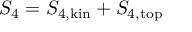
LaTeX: S _ { 4 } = S _ { 4 , \mathrm { k i n } } + S _ { 4 , \mathrm { t o p } }